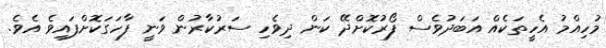
މުހިއްމު އެހީތަކެއް އަބަދުވެސް ފޯރުކޮށްދޭ ކަން ދިވެހި ސަރުކާރުން ވަނީ ފާހަގަކޮށްފައިވެ އެވެ.